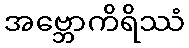
အဗ္ဘောကိရိဿံ